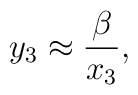
y_3 \approx {\beta \over x_3},